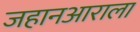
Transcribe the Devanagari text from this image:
जहानआराला